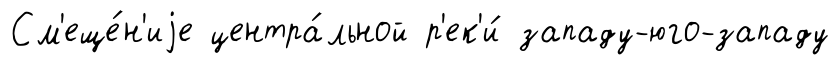
См'еще́н'иjе центра́льной р'ек'и́ западу-юго-западу